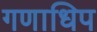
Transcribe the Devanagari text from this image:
गणाधिप